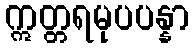
ဣတ္တရမုပပန္နာ